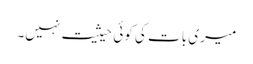
میری بات کی کوئی حیثیت نہیں۔